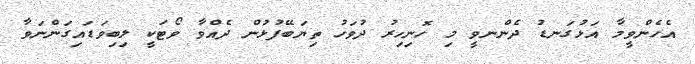
އެހެންވީމާ އަޅުގަނޑު ދެންނވީ މި ހޮނިހިރު ދުވަހު ތިޔަބޭފުޅުން ދެއްވާ ވޯޓަކީ ލިބިވަޑައިގަންނަވާ